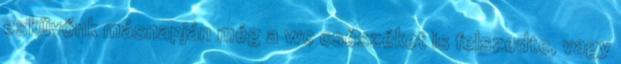
esküvőnk másnapján még a wc csészéket is felszedte, vagy